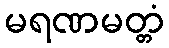
မရဏမတ္တံ